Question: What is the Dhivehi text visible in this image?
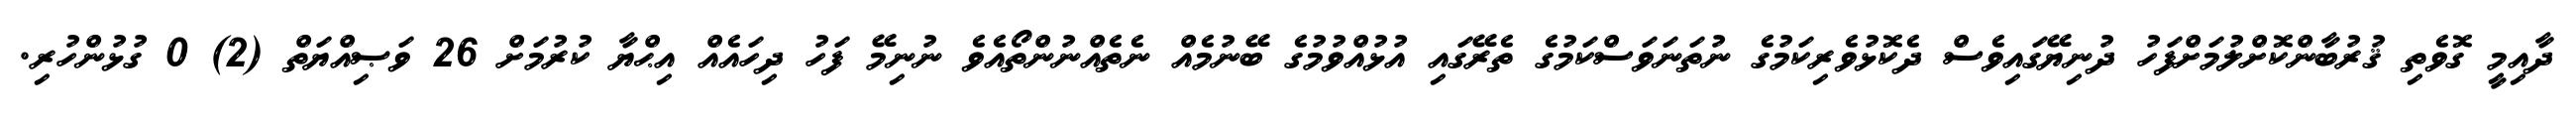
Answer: ދާއިމީ ގޮވެތި ޤުރުބާންކޮށްލުމަށްފަހު ދުނިޔޭގައިވެސް ދެކޮޅުވެރިކަމުގެ ނުތަނަވަސްކަމުގެ ތެރޭގައި އުޅުއްވުމުގެ ބޭނުމެއް ނެތެއްނުންތޯއެވެ ނުނިމޭ ފަހު ދިހައެއް އިޙްޔާ ކުރުމަށް 26 ވަޞިއްޔަތް (2) 0 ގުޅުންހުރި.